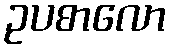
ဥပစာလော